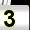
Digit: 3